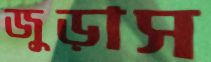
জুড়াস